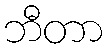
ဘီတာ